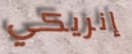
إنريكي